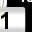
Digit: 1